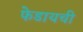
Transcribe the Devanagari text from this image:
फेडायची